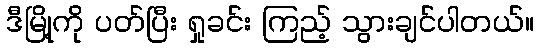
ဒီမြို့ကို ပတ်ပြီး ရှုခင်း ကြည့် သွားချင်ပါတယ်။